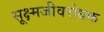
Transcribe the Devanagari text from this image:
सूक्ष्मजीवरोधक